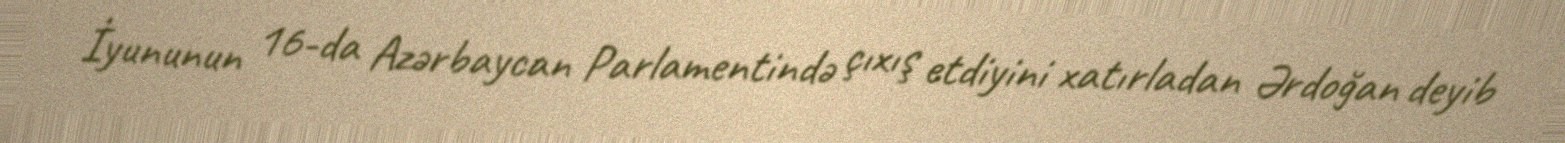
İyununun 16-da Azərbaycan Parlamentində çıxış etdiyini xatırladan Ərdoğan deyib